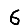
Digit: 6